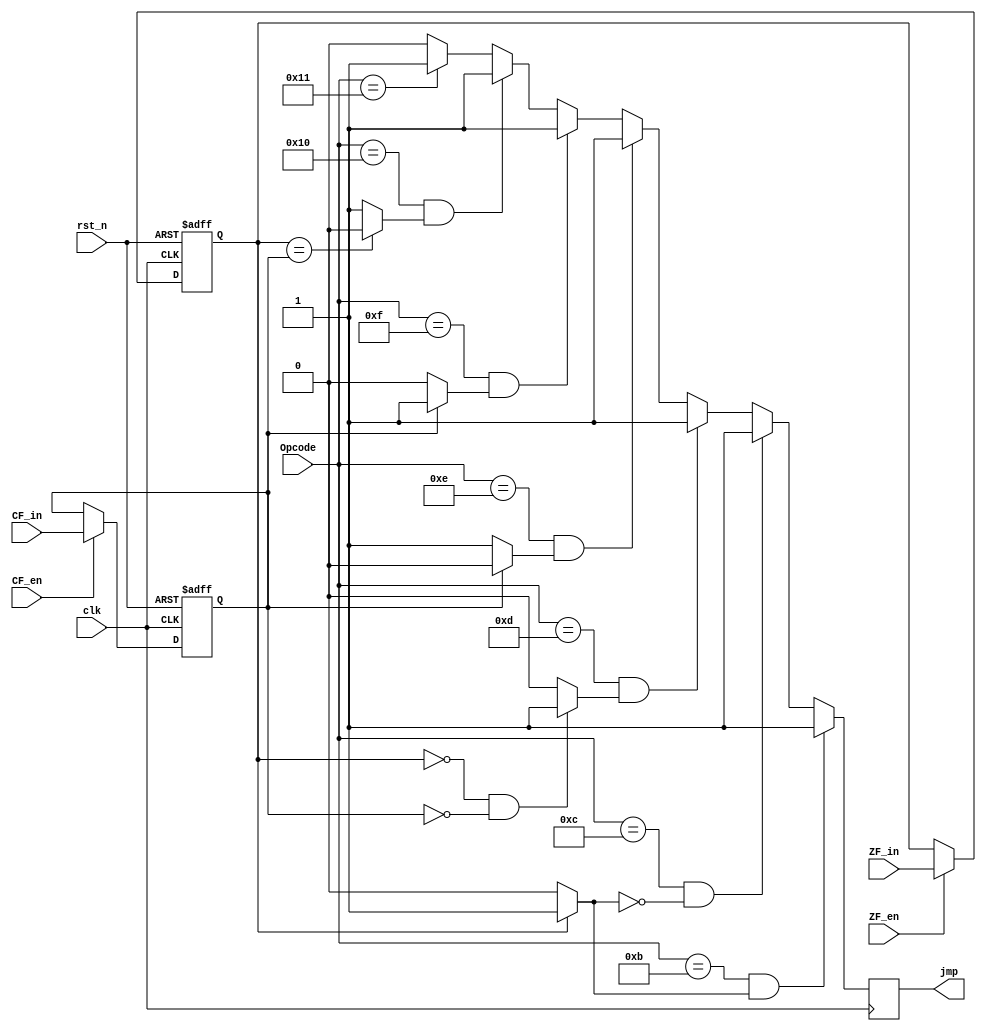
`timescale 1ns / 1ps
//////////////////////////////////////////////////////////////////////////////////
// Company: 
// Engineer: 
// 
// Design Name: 
// Module Name: psw
// Project Name: 
// Target Devices: 
// Tool Versions: 
// Description: 
// 
// Dependencies: 
// 
// Revision:
// Revision 0.01 - File Created
// Additional Comments:
// 
//////////////////////////////////////////////////////////////////////////////////


module psw(
input clk,
input rst_n,
input CF_en,
input ZF_en,
input CF_in,
input ZF_in,
input[4:0] Opcode,
output reg jmp
  );
reg ZF;
reg CF;
wire EQ;
wire NE;
wire HI;
wire HS;
wire LO;
wire LS;

assign EQ = ZF ? 1'b1:1'b0;
assign NE = ~EQ;
assign HI = ((~ZF)&(~CF)) ? 1'b1 : 1'b0;
assign HS = (~CF)?1'b1 : 1'b0;
assign LO = CF ? 1'b1 : 1'b0;
assign LS = ~(ZF == CF) ? 1'b1 : 1'b0;

always @(posedge clk ) 
begin
  if(Opcode == 5'b01011 & EQ == 1'b1)
     jmp <= 1'b1;
  else if(Opcode == 5'b01100 & NE == 1'b1)
     jmp <= 1'b1;
  else if(Opcode == 5'b01101 & HI == 1'b1)
     jmp <= 1'b1;
  else if(Opcode == 5'b01110 & HS == 1'b1)
     jmp <= 1'b1;
  else if(Opcode == 5'b01111 & LO == 1'b1)
     jmp <= 1'b1;
  else if(Opcode == 5'b10000 & LS == 1'b1)
     jmp <= 1'b1;
  else if(Opcode == 5'b10001 )
     jmp <= 1'b1;
  else 
     jmp <=1'b0;

end

always @(posedge clk or negedge rst_n) begin
  if (!rst_n) begin
      ZF <= 1'b0;
      CF <= 1'b0;
      
  end
  else  begin
      if(CF_en == 1'b1)
         CF <= CF_in;
      if(ZF_en == 1'b1)
         ZF <= ZF_in;
         
  end
end
endmodule